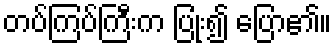
တပ်ကြပ်ကြီးက ပြုံး၍ ပြော၏။